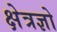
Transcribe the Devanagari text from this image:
क्षेत्रज्ञो